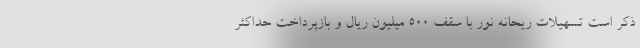
ذکر است تسهیلات ریحانه نور با سقف 500 میلیون ریال و بازپرداخت حداکثر